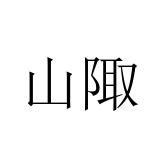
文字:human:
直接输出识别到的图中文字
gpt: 山陬